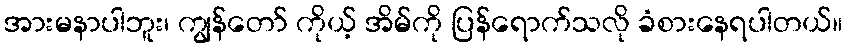
အားမနာပါဘူး၊ ကျွန်တော် ကိုယ့် အိမ်ကို ပြန်ရောက်သလို ခံစားနေရပါတယ်။